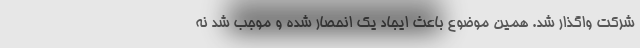
شرکت واگذار شد. همین موضوع باعث ایجاد یک انحصار شده و موجب شد نه